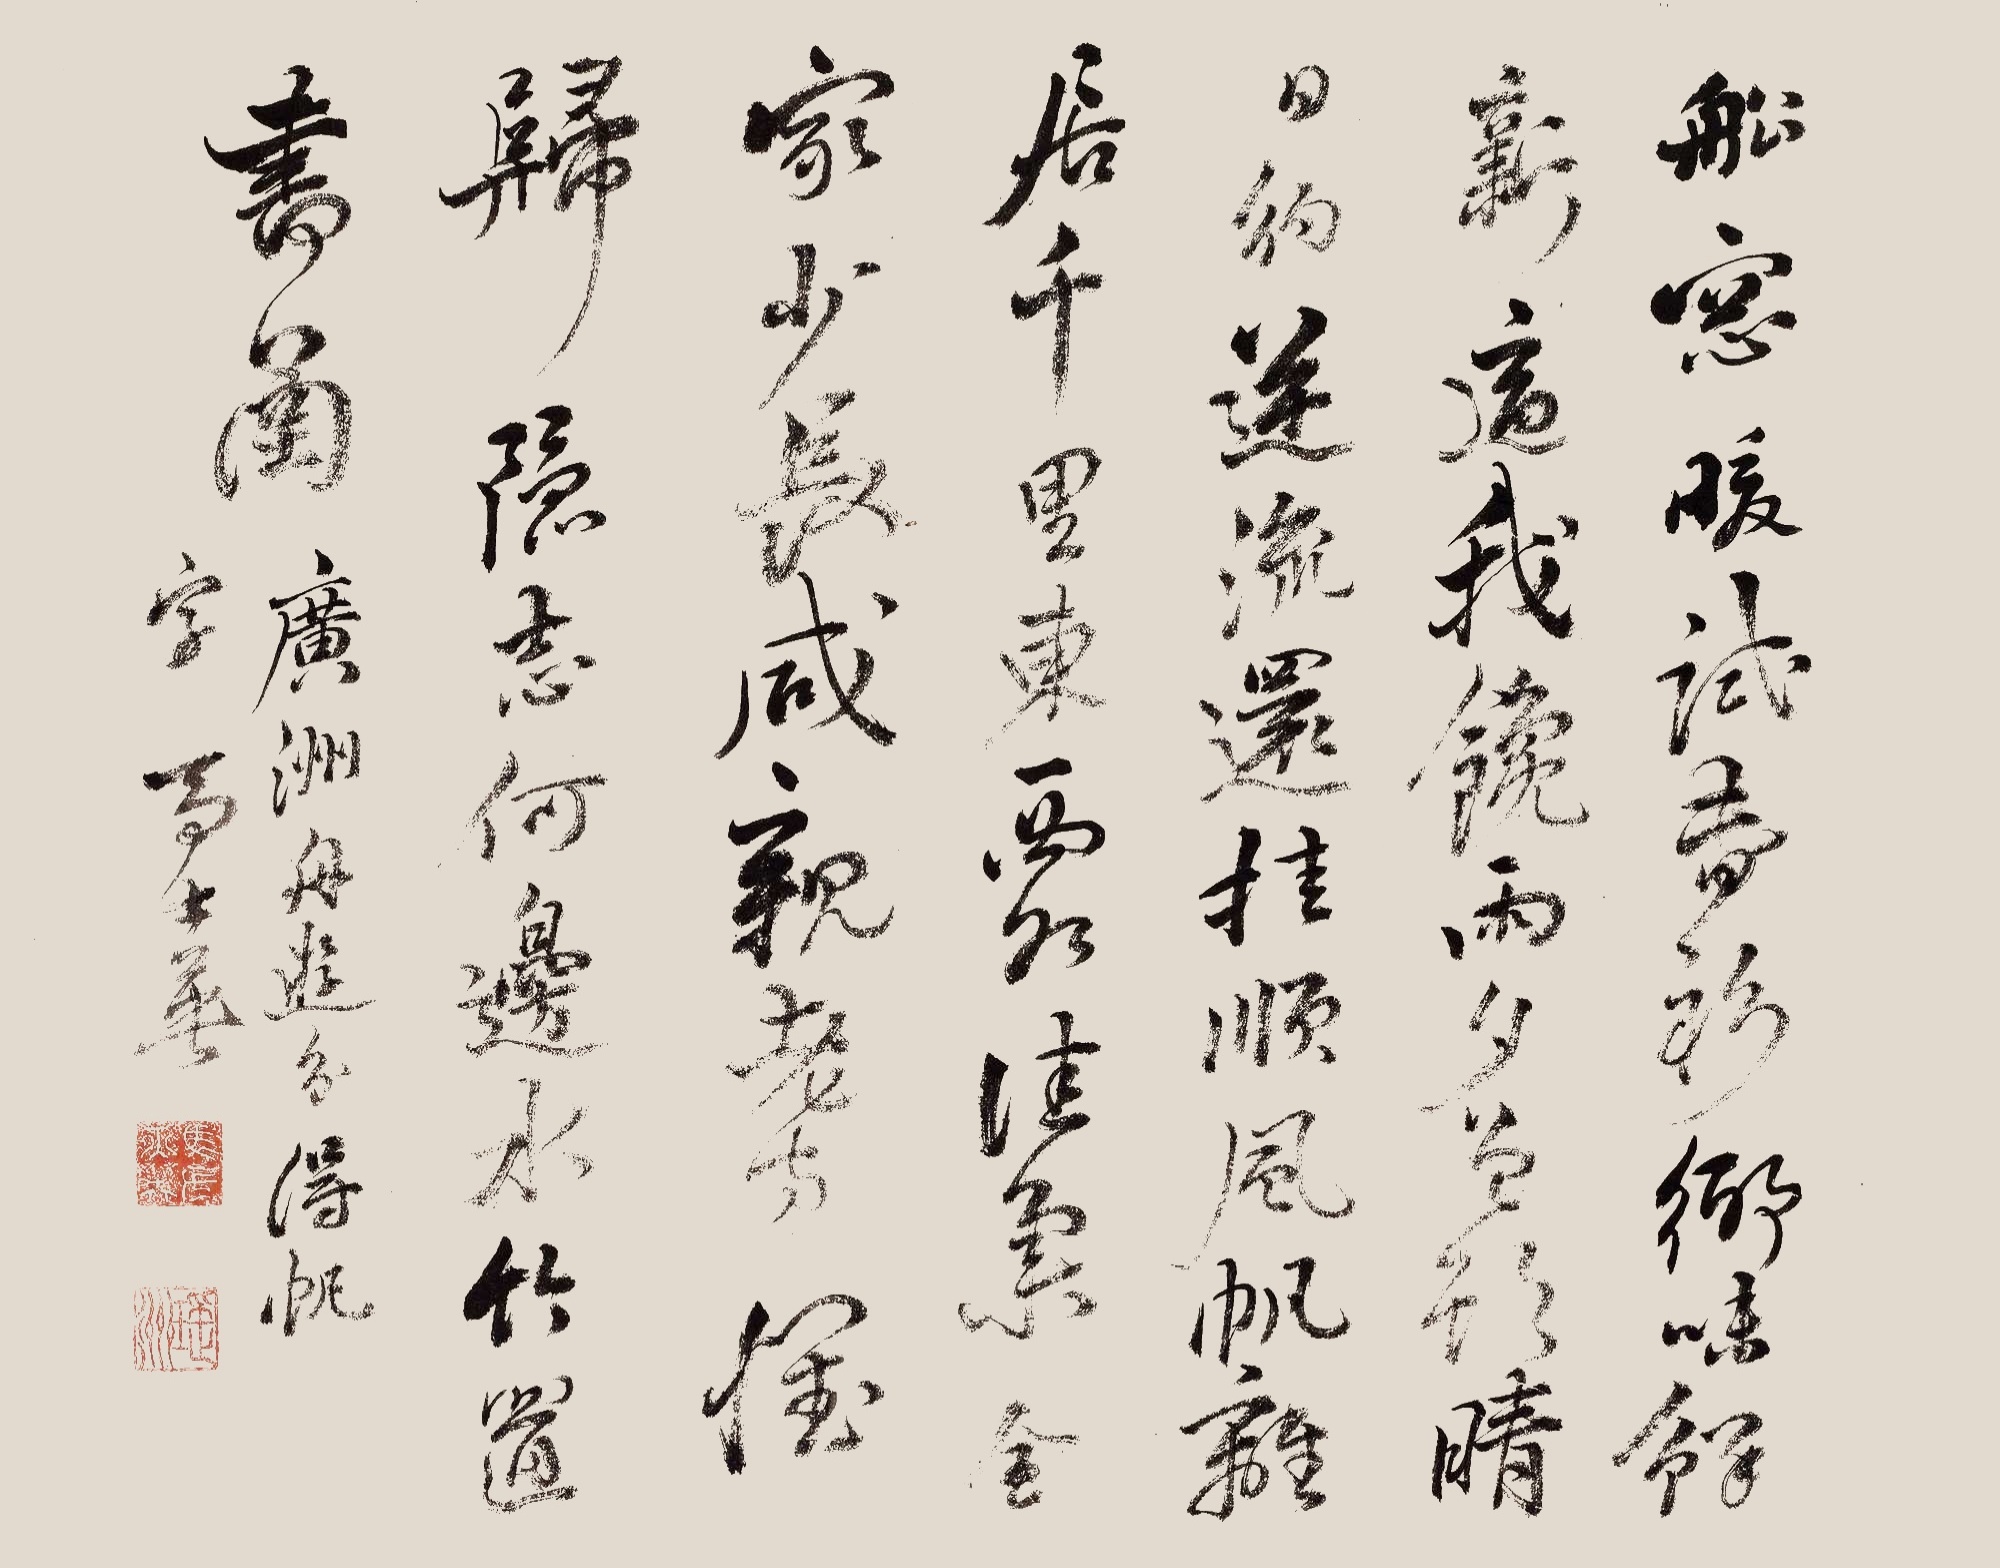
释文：船窗暖试春衫，乡味鲜新适我馋。雨夕曾欲晴日约，逆流还挂顺风帆。离居千里东西水，佳气全家少长咸。亲老满怀归隐志，何边水竹置书函。广州舟游分得帆字。马士英。